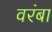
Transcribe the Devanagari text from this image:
वरंबा